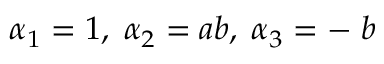
\alpha _ { 1 } = 1 , \; \alpha _ { 2 } = a b , \; \alpha _ { 3 } = - \; b